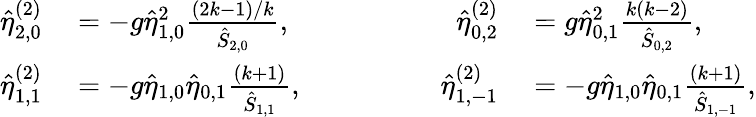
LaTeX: \begin{array}{rlrl}{\hat{\eta}_{2,0}^{(2)}}&{{}=-g\hat{\eta}_{1,0}^{2}\frac{(2k-1)/k}{\hat{S}_{2,0}},\qquad\qquad}&{\hat{\eta}_{0,2}^{(2)}}&{{}=g\hat{\eta}_{0,1}^{2}\frac{k(k-2)}{\hat{S}_{0,2}},}\\ {\hat{\eta}_{1,1}^{(2)}}&{{}=-g\hat{\eta}_{1,0}\hat{\eta}_{0,1}\frac{(k+1)}{\hat{S}_{1,1}},\qquad\qquad}&{\hat{\eta}_{1,-1}^{(2)}}&{{}=-g\hat{\eta}_{1,0}\hat{\eta}_{0,1}\frac{(k+1)}{\hat{S}_{1,-1}},}\end{array}